Lunatic asylums in Bengal annual reports 1888-1898 - 1888-1898
Year: 1888
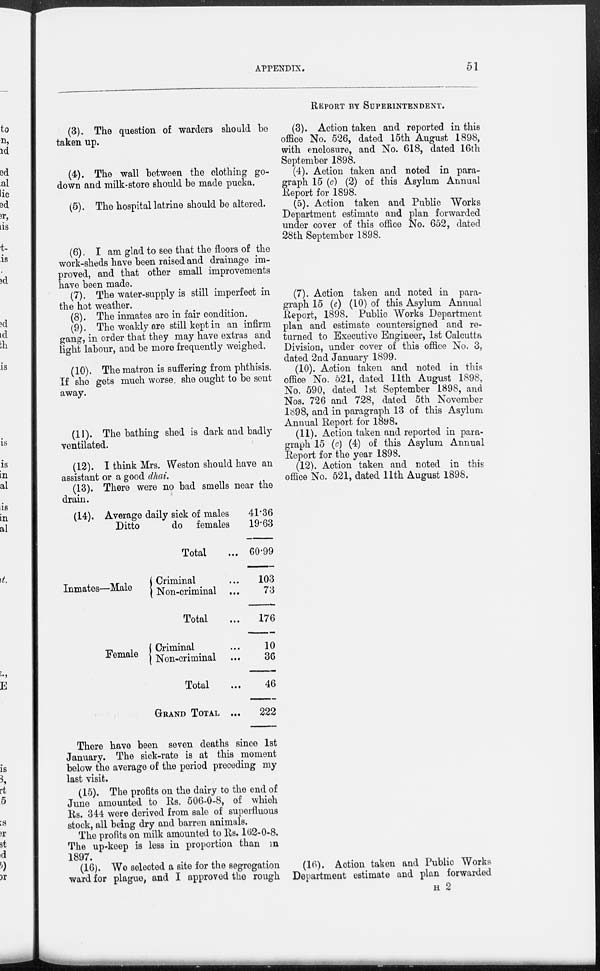
APPENDIX.
51
(3). The question of warders should be
taken up.
(4). The wall between the clothing go-
down and milk-store should be made pucka.
(5). The hospital latrine should be altered.
(6). I am glad to see that the floors of the
work-sheds have been raised and drainage im-
proved, and that other small improvements
have been made.
(7). The water-supply is still imperfect in
the hot weather.
(8). The inmates are in fair condition.
(9). The weakly are still kept in an infirm
gang, in order that they may have extras and
light labour, and be more frequently weighed.
(10). The matron is suffering from phthisis.
If she gets much worse, she ought to be sent
away.
(11). The bathing shed is dark and badly
ventilated.
(12). I think Mrs. Weston should have an
assistant or a good dhai.
(13). There were no bad smells near the
drain.
(14). Average daily sick of males
Ditto
do females
Total
Inmates—Male
Criminal ...
Non-criminal ...
Total
Female
Criminal ...
Non-criminal ...
Total
GRAND TOTAL ...
41.36
19.63
60.99
103
73
176
10
36
46
222
There have been seven deaths since 1st
January. The sick-rate is at this moment
below the average of the period preceding my
last visit.
(15). The profits on the dairy to the end of
June amounted to Rs. 506-0-8, of which
Rs. 344 were derived from sale of superfluous
stock, all being dry and barren animals.
The profits on milk amounted to Rs. 162-0-8.
The up-keep is less in proportion than in
1897.
(16). We selected a site for the segregation
ward for plague, and I approved the rough
REPORT BY SUPERINTENDENT.
(3). Action taken and reported in this
office No. 526, dated 15th August 1898,
with enclosure, and No. 618, dated 16th
September 1898.
(4). Action taken and noted in para-
graph 15 (c) (2) of this Asylum Annual
Report for 1898.
(5). Action taken and Public Works
Department estimate and plan forwarded
under cover of this office No. 652, dated
28th September 1898.
(7). Action taken and noted in para-
graph 15 (c) (10) of this Asylum Annual
Report, 1898. Public Works Department
plan and estimate countersigned and re-
turned to Executive Engineer, 1st Calcutta
Division, under cover of this office No. 3,
dated 2nd January 1899.
(10). Action taken and noted in this
office No. 521, dated 11th August 1898,
No. 590, dated 1st September 1898, and
Nos. 726 and 728, dated 5th November
1898, and in paragraph 13 of this Asylum
Annual Report for 1898.
(11). Action taken and reported in para-
graph 15 (c) (4) of this Asylum Annual
Report for the year 1898.
(12). Action taken and noted in this
office No. 521, dated 11th August 1898.
(16). Action taken and Public Works
Department estimate and plan forwarded
H 2